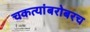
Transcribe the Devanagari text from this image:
चकत्यांबरोबरच